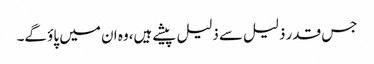
جس قدر ذلیل سے ذلیل پیشے ہیں،وہ ان میں پاؤ گے۔